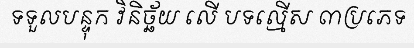
ទទួលបន្ទុក វិនិច្ឆ័យ លើ បទល្មើស ៣ប្រភេទ